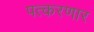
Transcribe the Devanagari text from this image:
पत्करणार